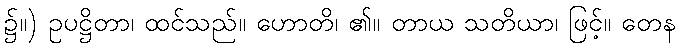
၌။) ဥပဋ္ဌိတာ၊ ထင်သည်။ ဟောတိ၊ ၏။ တာယ သတိယာ၊ ဖြင့်။ တေန